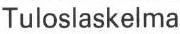
Tuloslaskelma